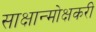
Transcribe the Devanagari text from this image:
साक्षान्मोक्षकरी